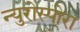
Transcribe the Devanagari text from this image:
न्युरोस्पोरा